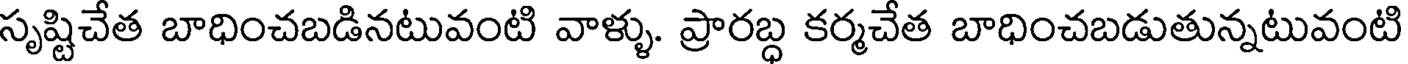
సృష్టిచేత బాధించబడినటువంటి వాళ్ళు. ప్రారబ్ధ కర్మచేత బాధించబడుతున్నటువంటి